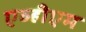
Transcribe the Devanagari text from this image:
एव्हीएम